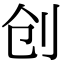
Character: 创